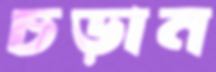
চড়ান